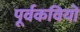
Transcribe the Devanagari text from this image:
पूर्वकवियों